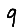
Digit: 9